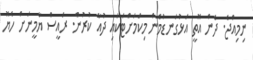
ނިމިއްޖެ. ދެން އޮތީ އަޅުގަނޑުމެން މިކަމަށްޓަކައި ދުއާ ކުރުން. ރައީސް ޔާމީނަށް ހެޔޮ